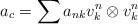
LaTeX: \begin{align*}a_c=\sum a_{nk}v^n_k\otimes v^n_k \end{align*}